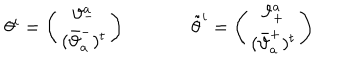
\begin{array} { c c } { { \theta ^ { i } = \left( \begin{array} { c } { { \vartheta _ { - } ^ { a } } } \\ { { ( \bar { \vartheta } _ { a } ^ { - } ) ^ { t } } } \\ \end{array} \right) ~ ~ } } & { { ~ ~ \tilde { \theta } ^ { i } = \left( \begin{array} { c } { { \vartheta _ { + } ^ { a } } } \\ { { ( \bar { \vartheta } _ { a } ^ { + } ) ^ { t } } } \\ \end{array} \right) } } \\ \end{array}